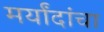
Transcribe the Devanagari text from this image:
मर्यांदांचा